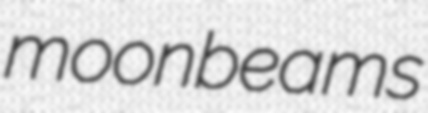
moonbeams